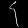
Digit: ၄